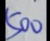
5 0 0